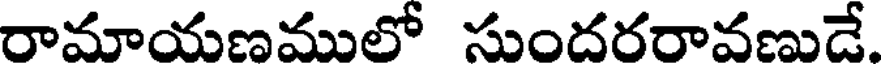
రామాయణములో సుందరరావణుడే.